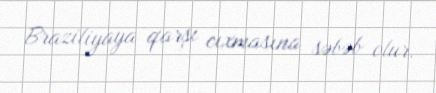
Braziliyaya qarşı cıxmasına səbəb olur.